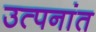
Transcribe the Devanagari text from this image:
उत्पनांत